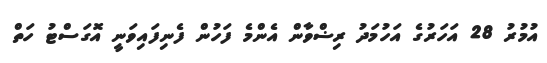
އުމުރު 28 އަހަރުގެ އަހުމަދު ރިޟްވާން އެންމެ ފަހުން ފެނިފައިވަނީ އޮގަސްޓު ހަތް